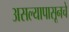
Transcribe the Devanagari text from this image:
असल्यापासूनचे